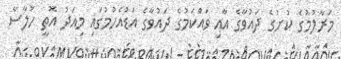
މަރާލުމުގެ ކުށުގެ ދައުވާގެ އާއި ވައްކަމުގެ ދައުވާގެ އަޑުއެހުމުގައި މިއަދު އޮތީ ހުލާސާ